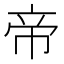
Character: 帝